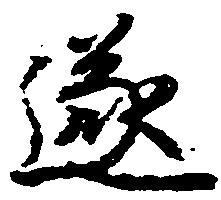
遂